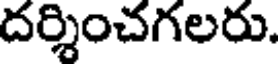
దర్శించగలరు.